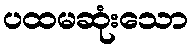
ပထမဆုံးသော